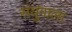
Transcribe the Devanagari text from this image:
संयुगाला